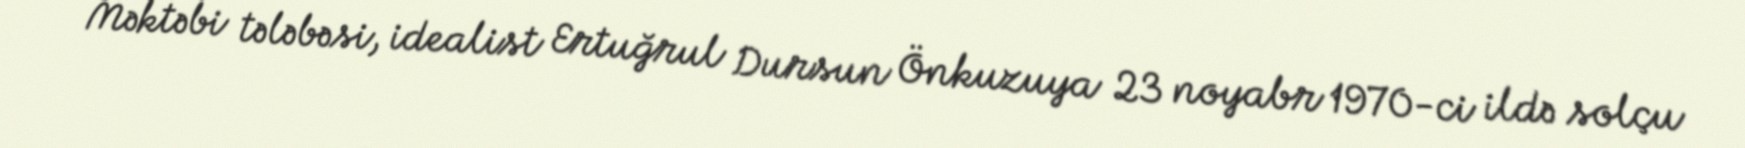
Məktəbi tələbəsi, idealist Ertuğrul Dursun Önkuzuya 23 noyabr 1970-ci ildə solçu